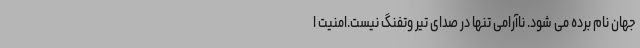
جهان نام برده می شود. ناآرامی تنها در صدای تیر وتفنگ نیست.امنیت ا